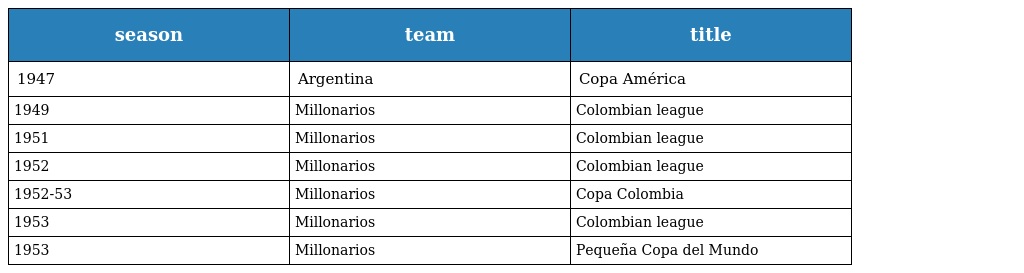
| season | team | title |
 | --- | --- | --- |
 | 1947 | Argentina | Copa América |
 | 1949 | Millonarios | Colombian league |
 | 1951 | Millonarios | Colombian league |
 | 1952 | Millonarios | Colombian league |
 | 1952-53 | Millonarios | Copa Colombia |
 | 1953 | Millonarios | Colombian league |
 | 1953 | Millonarios | Pequeña Copa del Mundo |